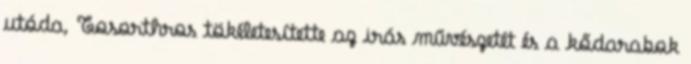
utóda, Tosorthros tökéletesítette az irás művészetét és a kődarabok